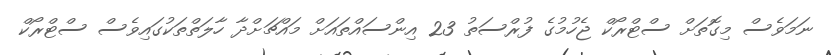
ނަމަވެސް މިގޮތަށް ސްޓްރޯކް ޖެހުމުގެ ފުރްސަތު 23 އިންސައްތައަށް މައްޗަށްދާ ހާލަތްތަކުގައިވެސް ސްޓްރޯކް